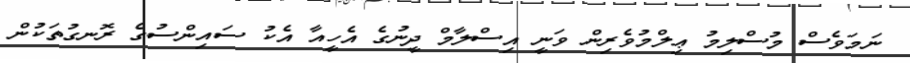
ނަމަވެސް މުސްލިމު ޢިލްމުވެރިން ވަނީ އިސްލާމް ދީނުގެ އެހީއާ އެކު ސައިންސުގެ ރޮނގުތަކުން